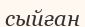
сыйған